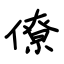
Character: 僚